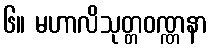
၆။ မဟာလိသုတ္တဝဏ္ဏနာ